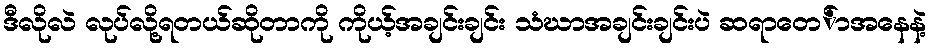
ဒီလိုလဲ လုပ်လို့ရတယ်ဆိုတာကို ကိုယ့်အချင်းချင်း သံဃာအချင်းချင်းပဲ ဆရာတေ်ာအနေနဲ့